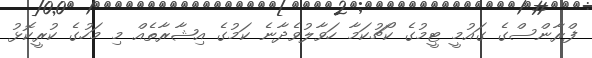
ފްރާންސްގެ ގައުމީ ޓީމުގެ ކޯޗުކަމާ ހަވާލުވެދާނެ ކަމުގެ އިޝާރާތެއް މި މަހުގެ ކުރީކޮޅު